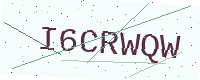
Text: I6CRWQW